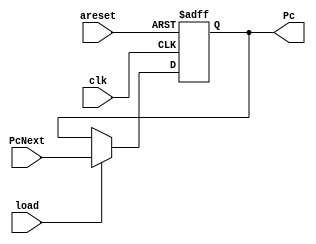
module program_counter(
input [31:0] PcNext,
input clk,areset,load,
output reg [31:0] Pc
);

always@(posedge clk or negedge areset)begin
    if(!areset)
    begin
        Pc<=0;
    end
    else if(load)begin
        Pc<=PcNext;
    end
end


endmodule